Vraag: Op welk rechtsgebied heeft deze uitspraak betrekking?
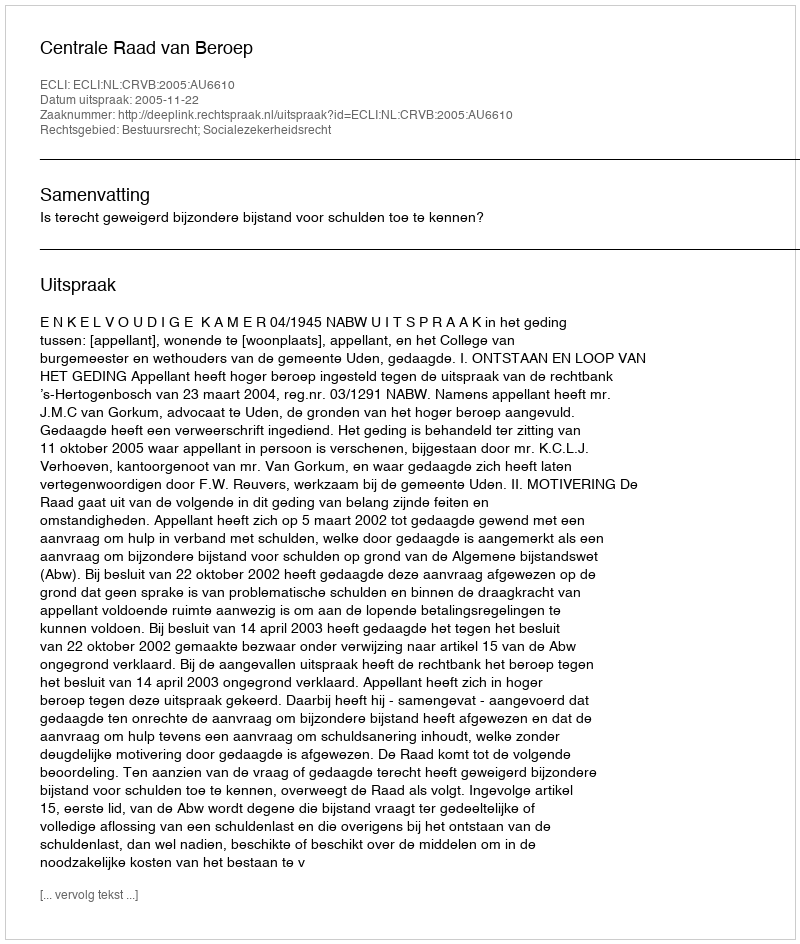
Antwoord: Bestuursrecht; Socialezekerheidsrecht